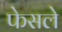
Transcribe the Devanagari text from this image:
फेसले